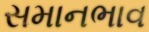
સમાનભાવ